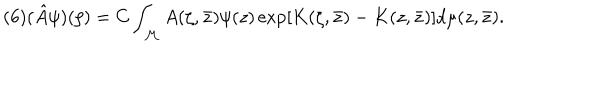
LaTeX: ( 6 ) ( \hat { A } \psi ) ( \zeta ) = C \int _ { \cal M } A ( \zeta , \bar { z } ) \psi ( z ) \exp \left[ K ( \zeta , \bar { z } ) - K ( z , \bar { z } ) \right] d \mu ( z , \bar { z } ) .